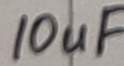
Text: 10uF